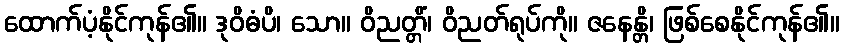
ထောက်ပံ့နိုင်ကုန်၏။ ဒုဝိဓံပိ၊ သော။ ဝိညတ္တိံ၊ ဝိညတ်ရုပ်ကို။ ဇနေန္တိ၊ ဖြစ်စေနိုင်ကုန်၏။